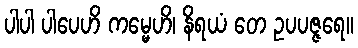
ပါပါ ပါပေဟိ ကမ္မေဟိ၊ နိရယံ တေ ဥပပဇ္ဇရေ။